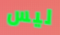
ليس